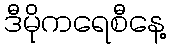
ဒီမိုကရေစီနေ့